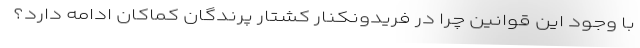
با وجود اين قوانين چرا در فريدونكنار كشتار پرندگان كماكان ادامه دارد؟